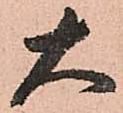
大